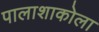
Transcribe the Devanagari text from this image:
पालाशाकोला